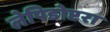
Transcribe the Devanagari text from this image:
लेपिडोप्टरा